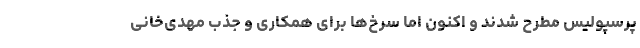
پرسپولیس مطرح شدند و اکنون اما سرخ‌ها برای همکاری و جذب مهدی‌خانی